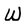
Character: W